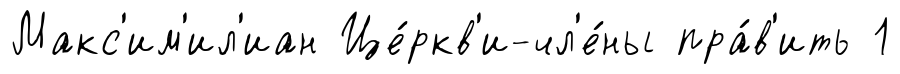
Макс'им'ил'иан Це́ркв'и-чл'е́ны пра́в'ить 1